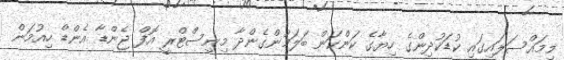
މިމައްސަލައިގައި ކުޑަކުދިންގެ ހިޔާގެ ކަންކަން ބަލަމުންގެންދާ މިނިސްޓްރީ އޮފް ޖެންޑާ އެންޑް ހިއުމަން